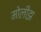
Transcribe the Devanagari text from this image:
मोलीझ